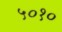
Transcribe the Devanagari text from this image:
५०१०